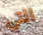
التي